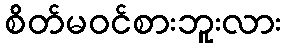
စိတ်မဝင်စားဘူးလား